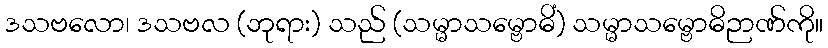
ဒသဗလော၊ ဒသဗလ (ဘုရား) သည် (သမ္မာသမ္ဗောဓိံ) သမ္မာသမ္ဗောဓိဉာဏ်ကို။